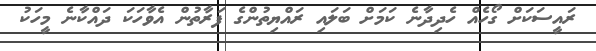
ރައީސަކަށް ގޯހެއް ހެދިދާނެ ކަމަށް ބަލައި ރައްޔިތުންގެ ފަރާތުން އެވާހަކަ ދައްކާނެ މީހަކު